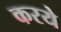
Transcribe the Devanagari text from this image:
करये